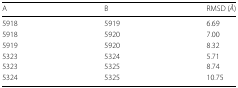
<table><thead><tr><td><b>A</b></td><td><b>B</b></td><td><b>RMSD (<i>Å</i>)</b></td></tr></thead><tbody><tr><td>5918</td><td>5919</td><td>6.69</td></tr><tr><td>5918</td><td>5920</td><td>7.00</td></tr><tr><td>5919</td><td>5920</td><td>8.32</td></tr><tr><td>5323</td><td>5324</td><td>5.71</td></tr><tr><td>5323</td><td>5325</td><td>8.74</td></tr><tr><td>5324</td><td>5325</td><td>10.75</td></tr></tbody></table>